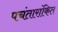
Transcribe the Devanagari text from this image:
पचंतारांकित